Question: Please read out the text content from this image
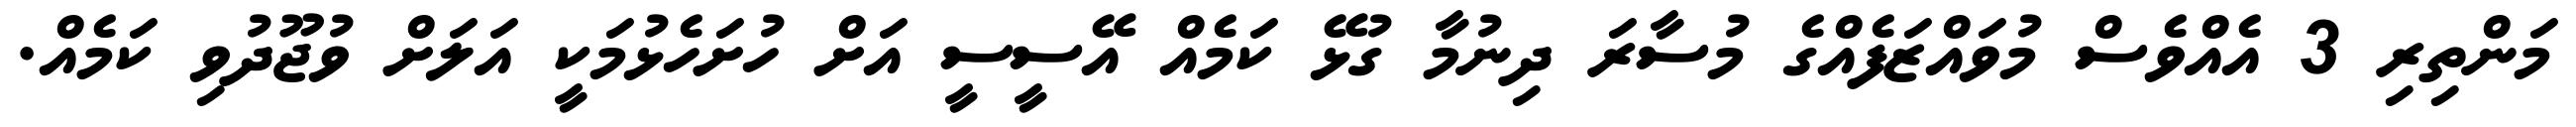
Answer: މަންތިރި 3 އެއްވެސް މުވައްޒަފެއްގެ މުސާރަ ދިނުމާ ގުޅޭ ކަމެއް އޭސީސީ އަށް ހުށަހެޅުމަކީ އަލަށް ވުޖޫދުވި ކަމެއް.